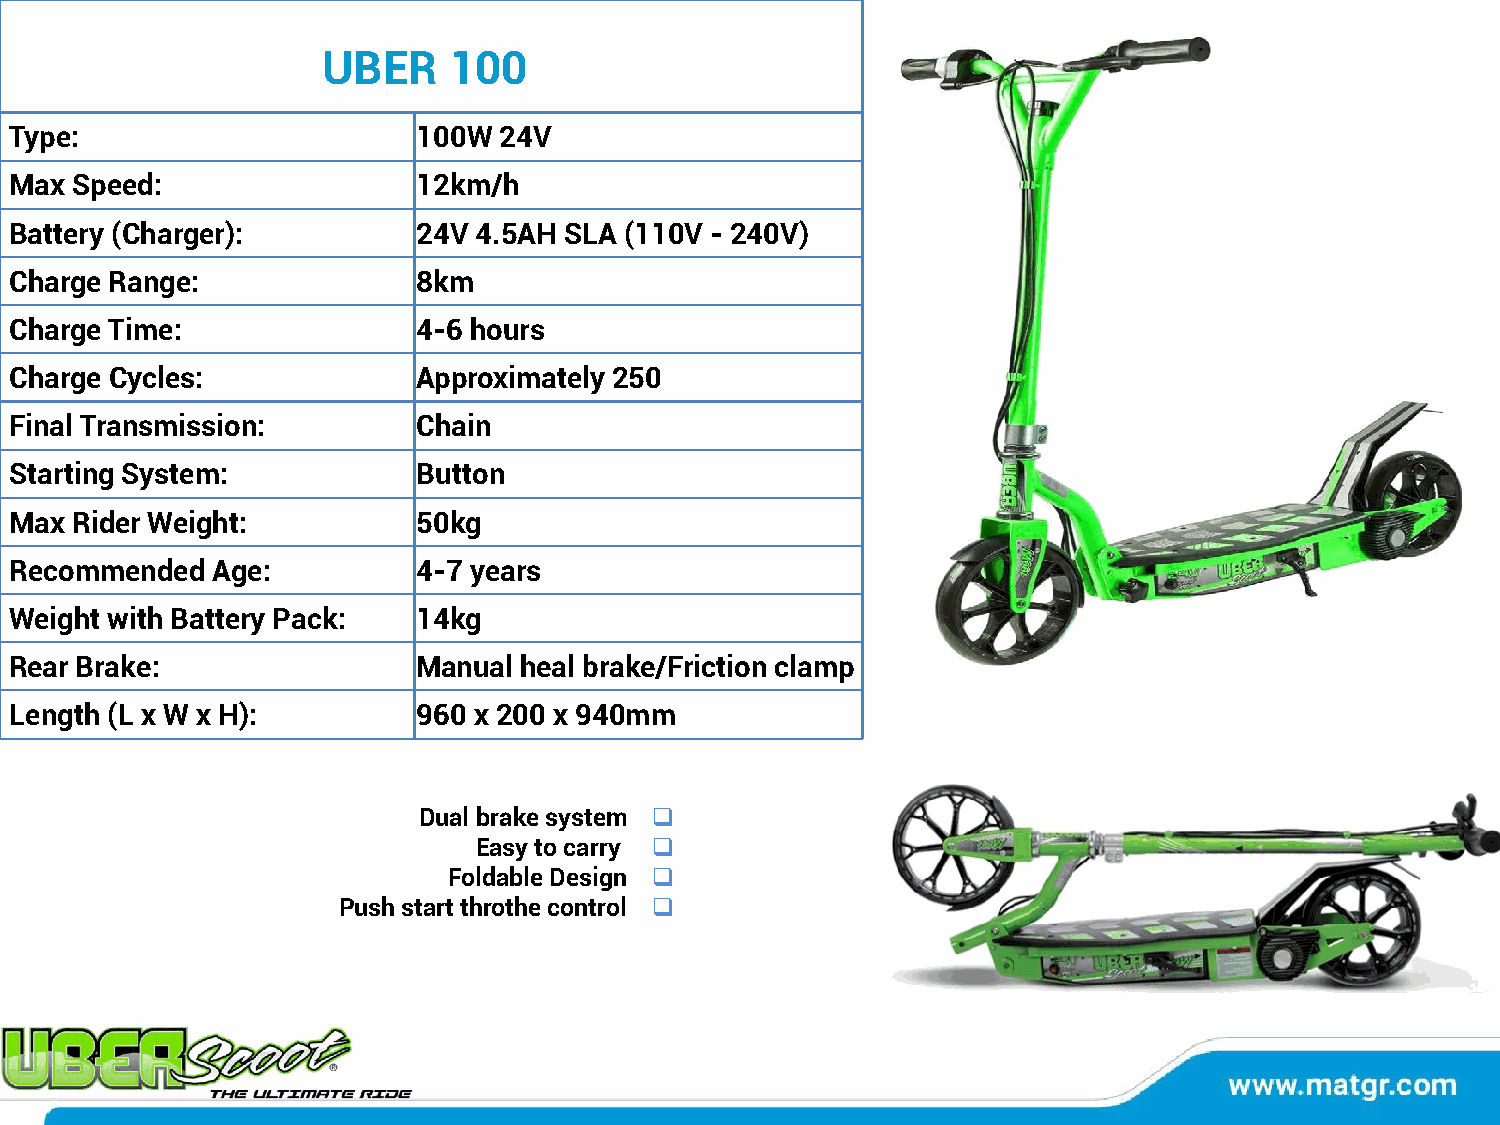
UBER     100
 Type:                      100W 24V
 Max Speed:                 12km/h
 Battery (Charger):         24V 4.5AH SLA (110V - 240V)
 Charge Range:              8km
 Charge Time:               4-6 hours
 Charge Cycles:             Approximately 250
 Final Transmission:        Chain
 Starting System:           Button
 Max Rider Weight:          50kg
 Recommended  Age:          4-7 years
 Weight with Battery Pack:  14kg
 Rear Brake:                Manual heal brake/Friction clamp
 Length (L x W x H):        960 x 200 x 940mm
 Dual brake system ❑
 Easy to carry ❑
 Foldable Design ❑
 Push start throthe control ❑